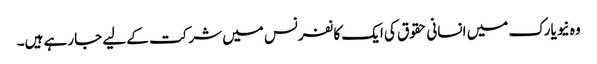
وہ نیویارک میں انسانی حقوق کی ایک کانفرنس میں شرکت کے لیے جارہے ہیں۔